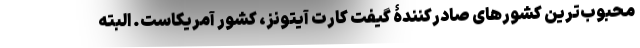
محبوب‌ترین کشورهای صادرکنندۀ گیفت کارت آیتونز، کشور آمریکاست. البته